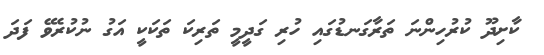
ކާށިދޫ ކުރުހިންނަ ތަރާގަނޑުގައި ހުރި ގަދީމީ ތަރިކަ ތަަކަކީ އަގު ނުުކުރެވޭ ފަދަ